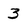
Character: 3